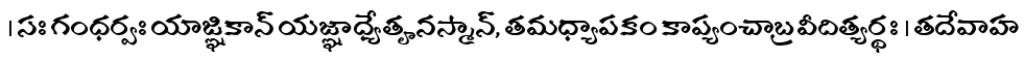
। సః గంధర్వః యాజ్ఞికాన్ యజ్ఞాధ్యేతౄనస్మాన్, తమధ్యాపకం కాప్యంచాబ్రవీదిత్యర్థః । తదేవాహ